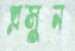
প্রসুন